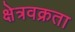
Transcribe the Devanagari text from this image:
क्षेत्रवक्रता